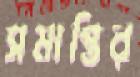
সমাপ্তির